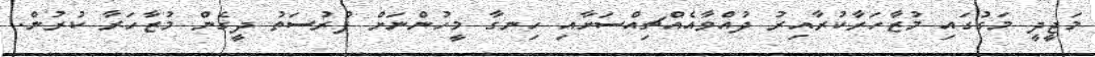
މަޖީދީ މަގުގައި މުޒާހަރާކުރާއިރު ދުއްވާއެއްޗިއްސަށާއި ހިނގާ މީހުންނަށް ފުރުސަތު ދީގެން މުޒާހަރާ ކުރުން.